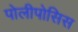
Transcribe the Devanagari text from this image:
पोलीपोसिस